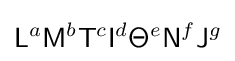
{\mathsf {L}}^{a}{\mathsf {M}}^{b}{\mathsf {T}}^{c}{\mathsf {I}}^{d}{\mathsf {\Theta }}^{e}{\mathsf {N}}^{f}{\mathsf {J}}^{g}